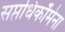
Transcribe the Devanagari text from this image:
सप्तधिकाॅेमेना